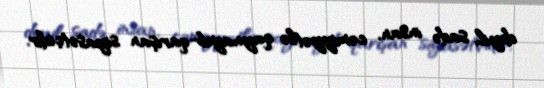
deyil, sadə insan, cəmiyyətlə qaynayıb-qarışan siyasətçidir.